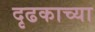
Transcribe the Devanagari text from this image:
दृढकाच्या